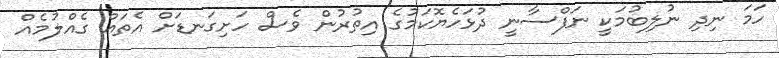
ހަމަ ނިދި ނުލިބުމަކީ ނަފްސާނީ ދުޅަހެޔޮކަމުގެ އިތުރުން ވެސް ހަށިގަނޑަށް އެތައް ގެއްލުމެއް